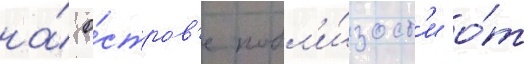
на́ о́стров'е побл'и́зост'и о́т